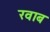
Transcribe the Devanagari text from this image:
रवाब